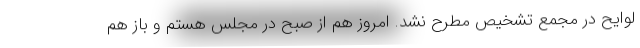
لوایح در مجمع تشخیص مطرح نشد. امروز هم از صبح در مجلس هستم و باز هم